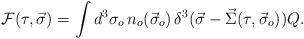
LaTeX: \begin{align*}{\cal F}(\tau,\vec{\sigma})=\int d^3\sigma_o\,n_o(\vec{\sigma}_o)\,\delta^3(\vec{\sigma}-\vec{\Sigma}(\tau,\vec{\sigma}_o))Q. \end{align*}